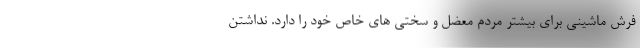
فرش ماشینی برای بیشتر مردم معضل و سختی های خاص خود را دارد. نداشتن